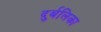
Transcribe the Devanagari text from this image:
दुर्बलिका